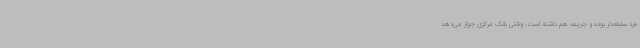
فرد سابقه‌دار بوده و جریمه هم داشته است، وقتی بانک مرکزی جواز می‌دهد